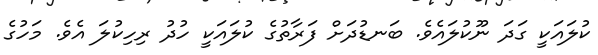
ކުލައަކީ ގަދަ ނޫކުލައެވެ. ބަނޑުދަށް ފަރާތުގެ ކުލައަކީ ހުދު ރިހިކުލަ އެވެ. މަހުގެ